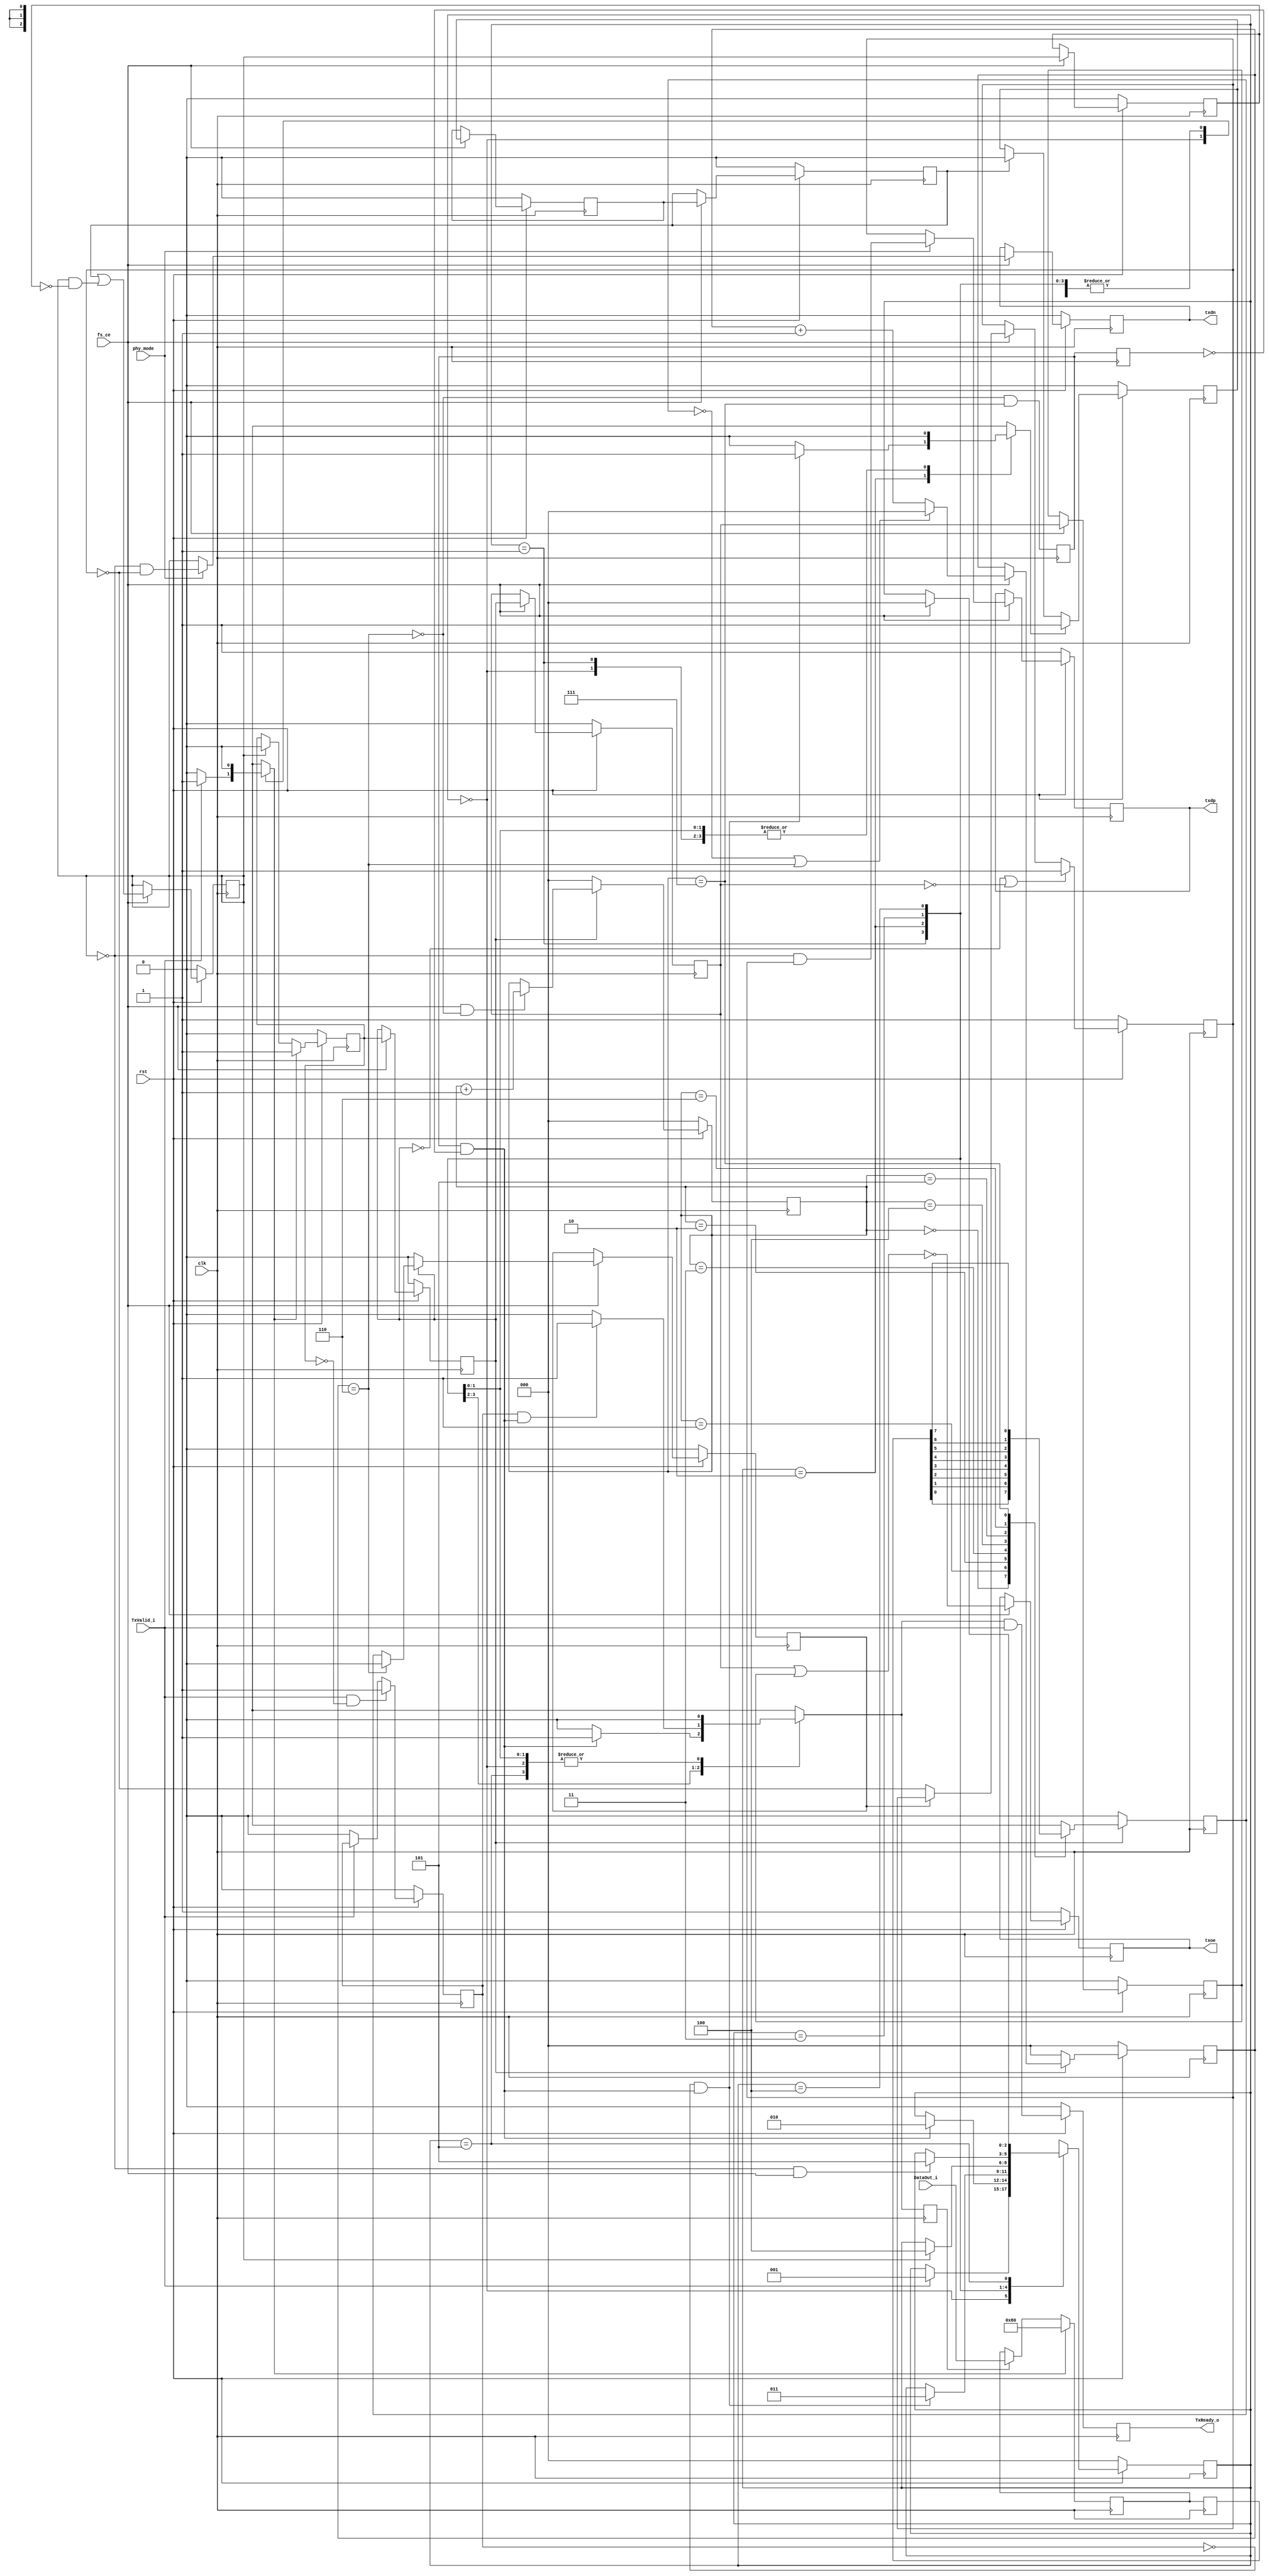
module usb_tx_phy(
		clk, rst, fs_ce, phy_mode,
	
		// Transciever Interface
		txdp, txdn, txoe,	

		// UTMI Interface
		DataOut_i, TxValid_i, TxReady_o
		);

input		clk;
input		rst;
input		fs_ce;
input		phy_mode;
output		txdp, txdn, txoe;
input	[7:0]	DataOut_i;
input		TxValid_i;
output		TxReady_o;

///////////////////////////////////////////////////////////////////
//
// Local Wires and Registers
//

parameter	IDLE	= 3'd0,
		SOP	= 3'h1,
		DATA	= 3'h2,
		EOP1	= 3'h3,
		EOP2	= 3'h4,
		WAIT	= 3'h5;

reg		TxReady_o;
reg	[2:0]	state, next_state;
reg		tx_ready_d;
reg		ld_sop_d;
reg		ld_data_d;
reg		ld_eop_d;
reg		tx_ip;
reg		tx_ip_sync;
reg	[2:0]	bit_cnt;
reg	[7:0]	hold_reg;
reg	[7:0]	hold_reg_d;

reg		sd_raw_o;
wire		hold;
reg		data_done;
reg		sft_done;
reg		sft_done_r;
wire		sft_done_e;
reg		ld_data;
wire		eop_done;
reg	[2:0]	one_cnt;
wire		stuff;
reg		sd_bs_o;
reg		sd_nrzi_o;
reg		append_eop;
reg		append_eop_sync1;
reg		append_eop_sync2;
reg		append_eop_sync3;
reg		append_eop_sync4;
reg		txdp, txdn;
reg		txoe_r1, txoe_r2;
reg		txoe;

///////////////////////////////////////////////////////////////////
//
// Misc Logic
//

`ifdef USB_ASYNC_REST
always @(posedge clk or negedge rst)
`else
always @(posedge clk)
`endif
	if(!rst)	TxReady_o <= 1'b0;
	else		TxReady_o <= tx_ready_d & TxValid_i;

always @(posedge clk) ld_data <= ld_data_d;

///////////////////////////////////////////////////////////////////
//
// Transmit in progress indicator
//

`ifdef USB_ASYNC_REST
always @(posedge clk or negedge rst)
`else
always @(posedge clk)
`endif
	if(!rst)	tx_ip <= 1'b0;
	else
	if(ld_sop_d)	tx_ip <= 1'b1;
	else
	if(eop_done)	tx_ip <= 1'b0;

`ifdef USB_ASYNC_REST
always @(posedge clk or negedge rst)
`else
always @(posedge clk)
`endif
	if(!rst)		tx_ip_sync <= 1'b0;
	else
	if(fs_ce)		tx_ip_sync <= tx_ip;

// data_done helps us to catch cases where TxValid drops due to
// packet end and then gets re-asserted as a new packet starts.
// We might not see this because we are still transmitting.
// data_done should solve those cases ...
`ifdef USB_ASYNC_REST
always @(posedge clk or negedge rst)
`else
always @(posedge clk)
`endif
	if(!rst)			data_done <= 1'b0;
	else
	if(TxValid_i && ! tx_ip)	data_done <= 1'b1;
	else
	if(!TxValid_i)			data_done <= 1'b0;

///////////////////////////////////////////////////////////////////
//
// Shift Register
//

`ifdef USB_ASYNC_REST
always @(posedge clk or negedge rst)
`else
always @(posedge clk)
`endif
	if(!rst)		bit_cnt <= 3'h0;
	else
	if(!tx_ip_sync)		bit_cnt <= 3'h0;
	else
	if(fs_ce && !hold)	bit_cnt <= bit_cnt + 3'h1;

assign hold = stuff;

always @(posedge clk)
	if(!tx_ip_sync)		sd_raw_o <= 1'b0;
	else
	case(bit_cnt)	// synopsys full_case parallel_case
	   3'h0: sd_raw_o <= hold_reg_d[0];
	   3'h1: sd_raw_o <= hold_reg_d[1];
	   3'h2: sd_raw_o <= hold_reg_d[2];
	   3'h3: sd_raw_o <= hold_reg_d[3];
	   3'h4: sd_raw_o <= hold_reg_d[4];
	   3'h5: sd_raw_o <= hold_reg_d[5];
	   3'h6: sd_raw_o <= hold_reg_d[6];
	   3'h7: sd_raw_o <= hold_reg_d[7];
	endcase

always @(posedge clk)
	sft_done <= !hold & (bit_cnt == 3'h7);

always @(posedge clk)
	sft_done_r <= sft_done;

assign sft_done_e = sft_done & !sft_done_r;

// Out Data Hold Register
always @(posedge clk)
	if(ld_sop_d)	hold_reg <= 8'h80;
	else
	if(ld_data)	hold_reg <= DataOut_i;

always @(posedge clk) hold_reg_d <= hold_reg;

///////////////////////////////////////////////////////////////////
//
// Bit Stuffer
//

`ifdef USB_ASYNC_REST
always @(posedge clk or negedge rst)
`else
always @(posedge clk)
`endif
	if(!rst)	one_cnt <= 3'h0;
	else
	if(!tx_ip_sync)	one_cnt <= 3'h0;
	else
	if(fs_ce)
	   begin
		if(!sd_raw_o || stuff)	one_cnt <= 3'h0;
		else			one_cnt <= one_cnt + 3'h1;
	   end

assign stuff = (one_cnt==3'h6);

`ifdef USB_ASYNC_REST
always @(posedge clk or negedge rst)
`else
always @(posedge clk)
`endif
	if(!rst)	sd_bs_o <= 1'h0;
	else
	if(fs_ce)	sd_bs_o <= !tx_ip_sync ? 1'b0 : (stuff ? 1'b0 : sd_raw_o);

///////////////////////////////////////////////////////////////////
//
// NRZI Encoder
//

`ifdef USB_ASYNC_REST
always @(posedge clk or negedge rst)
`else
always @(posedge clk)
`endif
	if(!rst)			sd_nrzi_o <= 1'b1;
	else
	if(!tx_ip_sync || !txoe_r1)	sd_nrzi_o <= 1'b1;
	else
	if(fs_ce)			sd_nrzi_o <= sd_bs_o ? sd_nrzi_o : ~sd_nrzi_o;

///////////////////////////////////////////////////////////////////
//
// EOP append logic
//

`ifdef USB_ASYNC_REST
always @(posedge clk or negedge rst)
`else
always @(posedge clk)
`endif
	if(!rst)		append_eop <= 1'b0;
	else
	if(ld_eop_d)		append_eop <= 1'b1;
	else
	if(append_eop_sync2)	append_eop <= 1'b0;

`ifdef USB_ASYNC_REST
always @(posedge clk or negedge rst)
`else
always @(posedge clk)
`endif
	if(!rst)	append_eop_sync1 <= 1'b0;
	else
	if(fs_ce)	append_eop_sync1 <= append_eop;

`ifdef USB_ASYNC_REST
always @(posedge clk or negedge rst)
`else
always @(posedge clk)
`endif
	if(!rst)	append_eop_sync2 <= 1'b0;
	else
	if(fs_ce)	append_eop_sync2 <= append_eop_sync1;

`ifdef USB_ASYNC_REST
always @(posedge clk or negedge rst)
`else
always @(posedge clk)
`endif
	if(!rst)	append_eop_sync3 <= 1'b0;
	else
	if(fs_ce)	append_eop_sync3 <= append_eop_sync2 |
			(append_eop_sync3 & !append_eop_sync4);	// Make sure always 2 bit wide

`ifdef USB_ASYNC_REST
always @(posedge clk or negedge rst)
`else
always @(posedge clk)
`endif
	if(!rst)	append_eop_sync4 <= 1'b0;
	else
	if(fs_ce)	append_eop_sync4 <= append_eop_sync3;

assign eop_done = append_eop_sync3;

///////////////////////////////////////////////////////////////////
//
// Output Enable Logic
//

`ifdef USB_ASYNC_REST
always @(posedge clk or negedge rst)
`else
always @(posedge clk)
`endif
	if(!rst)	txoe_r1 <= 1'b0;
	else
	if(fs_ce)	txoe_r1 <= tx_ip_sync;

`ifdef USB_ASYNC_REST
always @(posedge clk or negedge rst)
`else
always @(posedge clk)
`endif
	if(!rst)	txoe_r2 <= 1'b0;
	else
	if(fs_ce)	txoe_r2 <= txoe_r1;

`ifdef USB_ASYNC_REST
always @(posedge clk or negedge rst)
`else
always @(posedge clk)
`endif
	if(!rst)	txoe <= 1'b1;
	else
	if(fs_ce)	txoe <= !(txoe_r1 | txoe_r2);

///////////////////////////////////////////////////////////////////
//
// Output Registers
//

`ifdef USB_ASYNC_REST
always @(posedge clk or negedge rst)
`else
always @(posedge clk)
`endif
	if(!rst)	txdp <= 1'b1;
	else
	if(fs_ce)	txdp <= phy_mode ?
					(!append_eop_sync3 &  sd_nrzi_o) :
					sd_nrzi_o;

`ifdef USB_ASYNC_REST
always @(posedge clk or negedge rst)
`else
always @(posedge clk)
`endif
	if(!rst)	txdn <= 1'b0;
	else
	if(fs_ce)	txdn <= phy_mode ?
					(!append_eop_sync3 & ~sd_nrzi_o) :
					append_eop_sync3;

///////////////////////////////////////////////////////////////////
//
// Tx Statemashine
//

`ifdef USB_ASYNC_REST
always @(posedge clk or negedge rst)
`else
always @(posedge clk)
`endif
	if(!rst)	state <= IDLE;
	else		state <= next_state;

always @(state or TxValid_i or data_done or sft_done_e or eop_done or fs_ce)
   begin
	next_state = state;
	tx_ready_d = 1'b0;

	ld_sop_d = 1'b0;
	ld_data_d = 1'b0;
	ld_eop_d = 1'b0;

	case(state)	// synopsys full_case parallel_case
	   IDLE:
			if(TxValid_i)
			   begin
				ld_sop_d = 1'b1;
				next_state = SOP;
			   end
	   SOP:
			if(sft_done_e)
			   begin
				tx_ready_d = 1'b1;
				ld_data_d = 1'b1;
				next_state = DATA;
			   end
	   DATA:
		   begin
			if(!data_done && sft_done_e)
			   begin
				ld_eop_d = 1'b1;
				next_state = EOP1;
			   end
			
			if(data_done && sft_done_e)
			   begin
				tx_ready_d = 1'b1;
				ld_data_d = 1'b1;
			   end
		   end
	   EOP1:
			if(eop_done)		next_state = EOP2;
	   EOP2:
			if(!eop_done && fs_ce)	next_state = WAIT;
	   WAIT:
			if(fs_ce)		next_state = IDLE;
	endcase
   end

endmodule